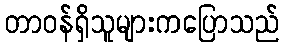
တာဝန်ရှိသူများကပြောသည်